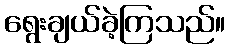
ရွေးချယ်ခဲ့ကြသည်။